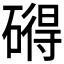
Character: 𥕣